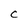
Character: C